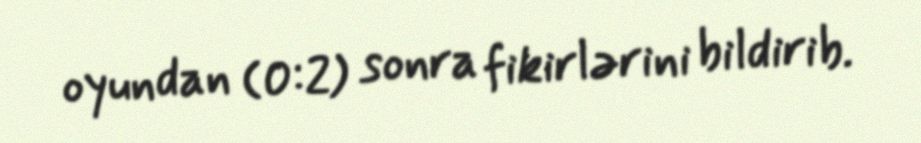
oyundan (0:2) sonra fikirlərini bildirib.